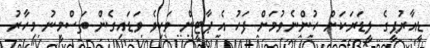
ޑީއާރުޕީގެ ލީޑަރަކަށް ހުންނެވުމަށް ފަހު އެ ޕާޓީން ވަކިވެ ވަޑައިގެން ތަސްމީނު މިހާރު